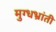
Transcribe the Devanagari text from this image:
मुग्धभ्रांती